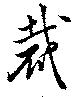
裁